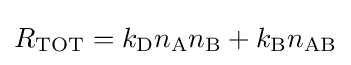
R_{\mathrm {TOT} }=k_{\mathrm {D} }n_{\mathrm {A} }n_{\mathrm {B} }+k_{\mathrm {B} }n_{\mathrm {AB} }